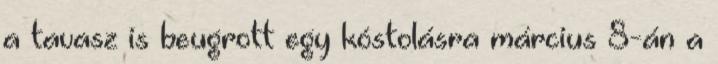
a tavasz is beugrott egy kóstolásra március 8-án a